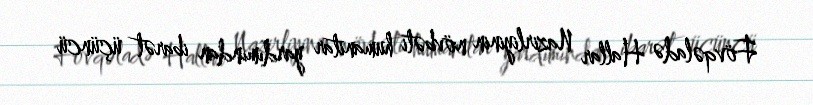
Fövqəladə Hallar Nazirliyinin növbəti humanitar yardımından ibarət üçüncü